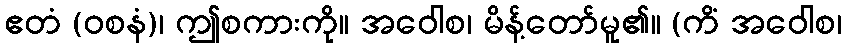
ဧတံ (ဝစနံ)၊ ဤစကားကို။ အဝေါစ၊ မိန့်တော်မူ၏။ (ကိံ အဝေါစ၊